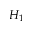
H _ { 1 }